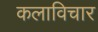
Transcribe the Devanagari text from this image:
कलाविचार